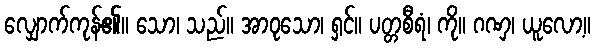
လျှောက်ကုန်၏။ သော၊ သည်။ အာဝုသော၊ ရှင်။ ပတ္တစီရံ၊ ကို။ ဂဏှ၊ ယူလော့။